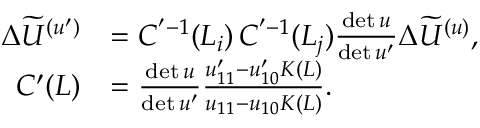
\begin{array} { r l } { \Delta \widetilde U ^ { ( \boldsymbol { u } ^ { \prime } ) } } & { = C ^ { ' - 1 } ( L _ { i } ) \, C ^ { ' - 1 } ( L _ { j } ) \frac { \mathrm { d e t } \, \boldsymbol { u } } { \mathrm { d e t } \, \boldsymbol { u } ^ { \prime } } \Delta \widetilde U ^ { ( \boldsymbol { u } ) } , } \\ { C ^ { \prime } ( L ) } & { = \frac { \mathrm { d e t } \, \boldsymbol { u } } { \mathrm { d e t } \, \boldsymbol { u } ^ { \prime } } \frac { u _ { 1 1 } ^ { \prime } - u _ { 1 0 } ^ { \prime } K ( L ) } { u _ { 1 1 } - u _ { 1 0 } K ( L ) } . } \end{array}